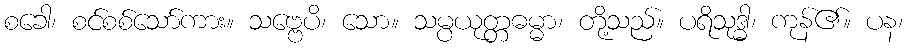
စခေါ၊ စင်စစ်သော်ကား။ သဗ္ဗေပိ၊ သော။ သမ္ပယုတ္တဓမ္မာ၊ တို့သည်။ ပရိသုဒ္ဓါ၊ ကုန်၏။ ပန၊